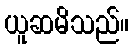
ယူဆမိသည်။